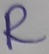
Text: R